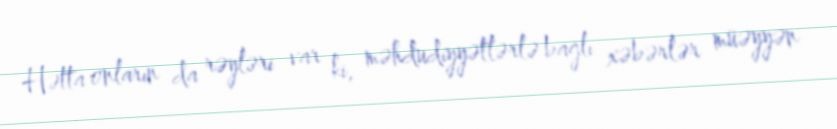
Hətta onların da rəyləri var ki, məhdudiyyətlərlə bağlı xəbərlər müəyyən